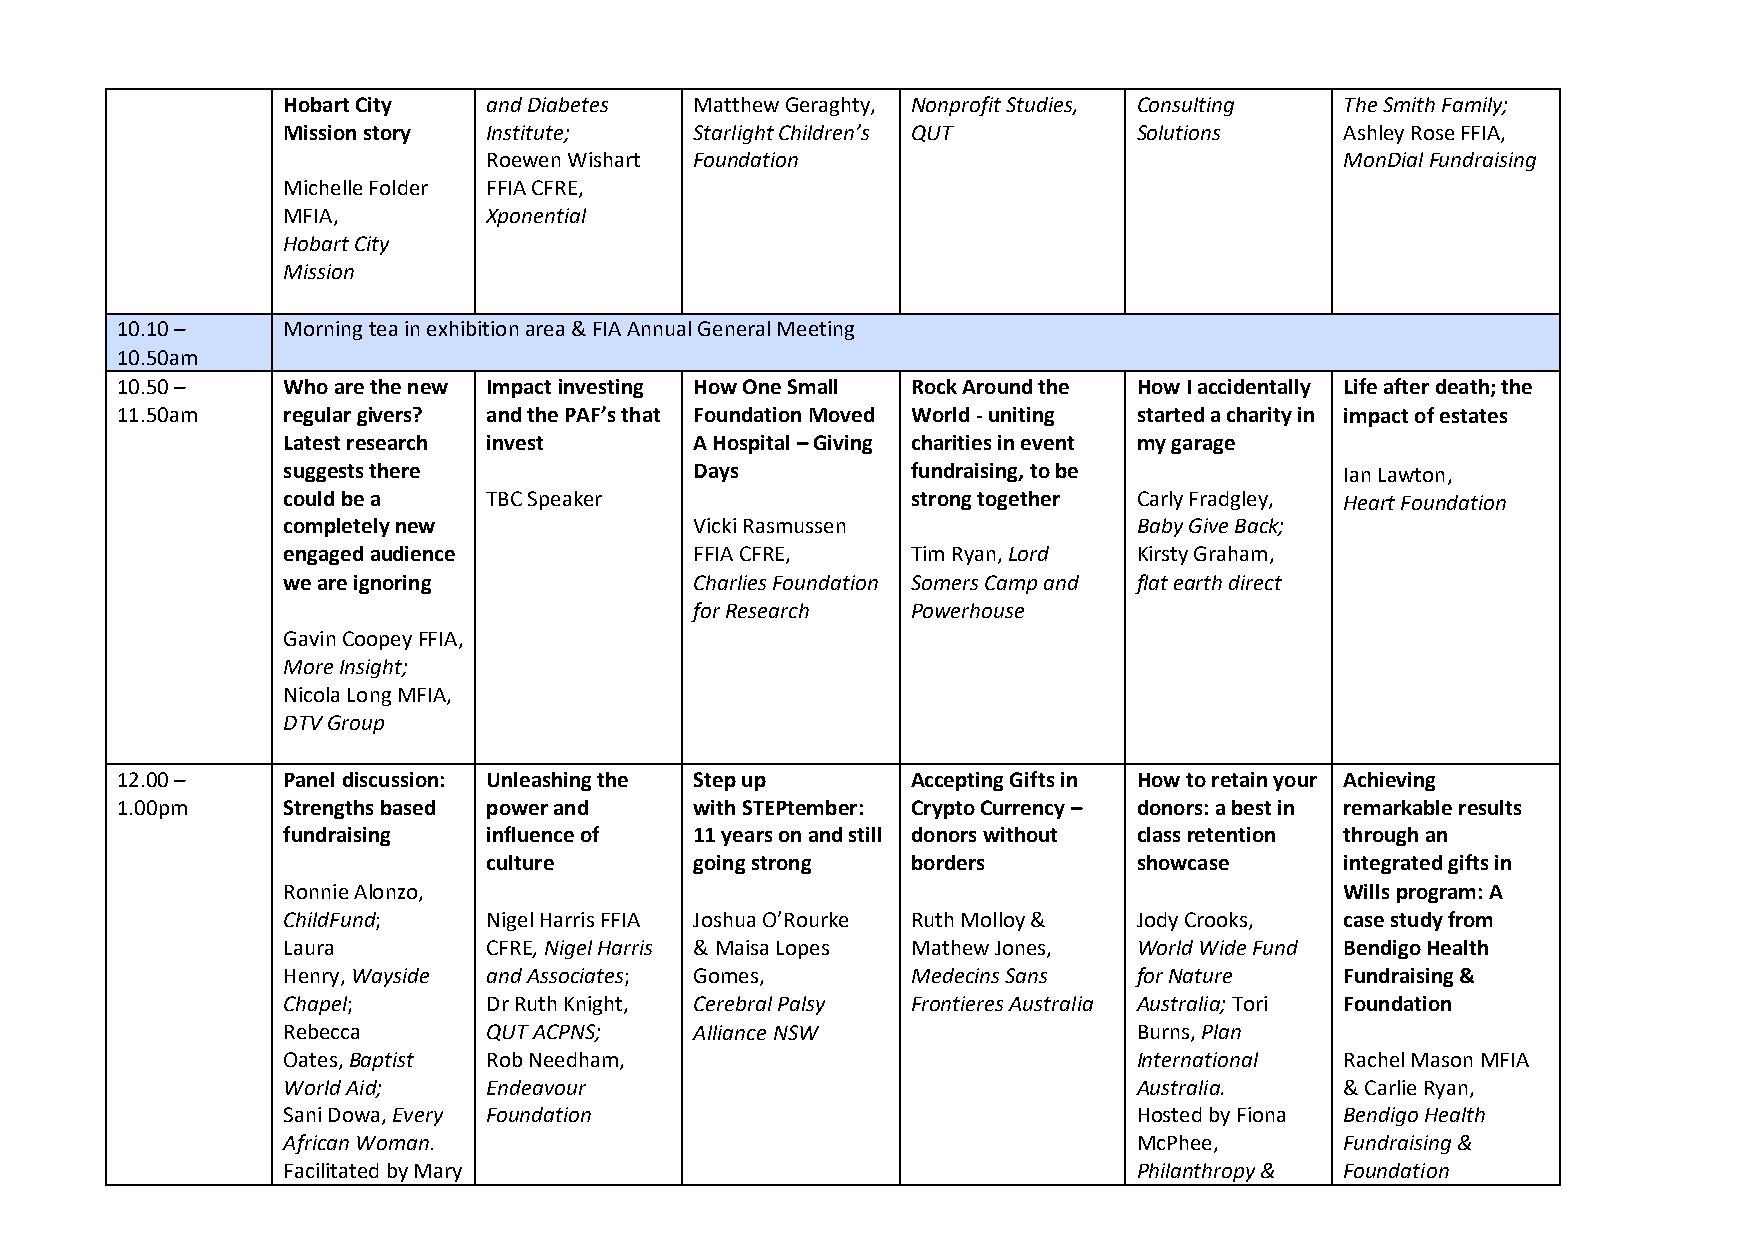
Hobart City  and Diabetes  Matthew Geraghty, Nonprofit Studies, Consulting The Smith Family;
 Mission story Institute;   Starlight Children’s QUT     Solutions     Ashley Rose FFIA,
 Roewen Wishart Foundation                                MonDial Fundraising
 Michelle Folder FFIA CFRE,
 MFIA,        Xponential
 Hobart City
 Mission
 10.10 –    Morning tea in exhibition area & FIA Annual General Meeting
 10.50am
 10.50 –    Who are the new Impact investing How One Small Rock Around the How I accidentally Life after death; the
 11.50am    regular givers? and the PAF’s that Foundation Moved World - uniting started a charity in impact of estates
 Latest research invest     A Hospital – Giving charities in event my garage
 suggests there             Days          fundraising, to be           Ian Lawton,
 could be a   TBC Speaker                 strong together Carly Fradgley, Heart Foundation
 completely new             Vicki Rasmussen              Baby Give Back;
 engaged audience           FFIA CFRE,    Tim Ryan, Lord Kirsty Graham,
 we are ignoring            Charlies Foundation Somers Camp and flat earth direct
 for Research  Powerhouse
 Gavin Coopey FFIA,
 More Insight;
 Nicola Long MFIA,
 DTV Group
 12.00 –    Panel discussion: Unleashing the Step up Accepting Gifts in How to retain your Achieving
 1.00pm     Strengths based power and  with STEPtember: Crypto Currency – donors: a best in remarkable results
 fundraising  influence of  11 years on and still donors without class retention through an
 culture       going strong  borders        showcase      integrated gifts in
 Ronnie Alonzo,                                                        Wills program: A
 ChildFund;   Nigel Harris FFIA Joshua O’Rourke Ruth Molloy & Jody Crooks, case study from
 Laura        CFRE, Nigel Harris & Maisa Lopes Mathew Jones, World Wide Fund Bendigo Health
 Henry, Wayside and Associates; Gomes,    Medecins Sans  for Nature    Fundraising &
 Chapel;      Dr Ruth Knight, Cerebral Palsy Frontieres Australia Australia; Tori Foundation
 Rebecca      QUT ACPNS;    Alliance NSW                 Burns, Plan
 Oates, Baptist Rob Needham,                             International Rachel Mason MFIA
 World Aid;   Endeavour                                  Australia.    & Carlie Ryan,
 Sani Dowa, Every Foundation                             Hosted by Fiona Bendigo Health
 African Woman.                                          McPhee,       Fundraising &
 Facilitated by Mary                                     Philanthropy & Foundation